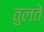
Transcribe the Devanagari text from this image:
तुलते